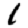
Digit: 1